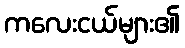
ကလေးငယ်များ၏